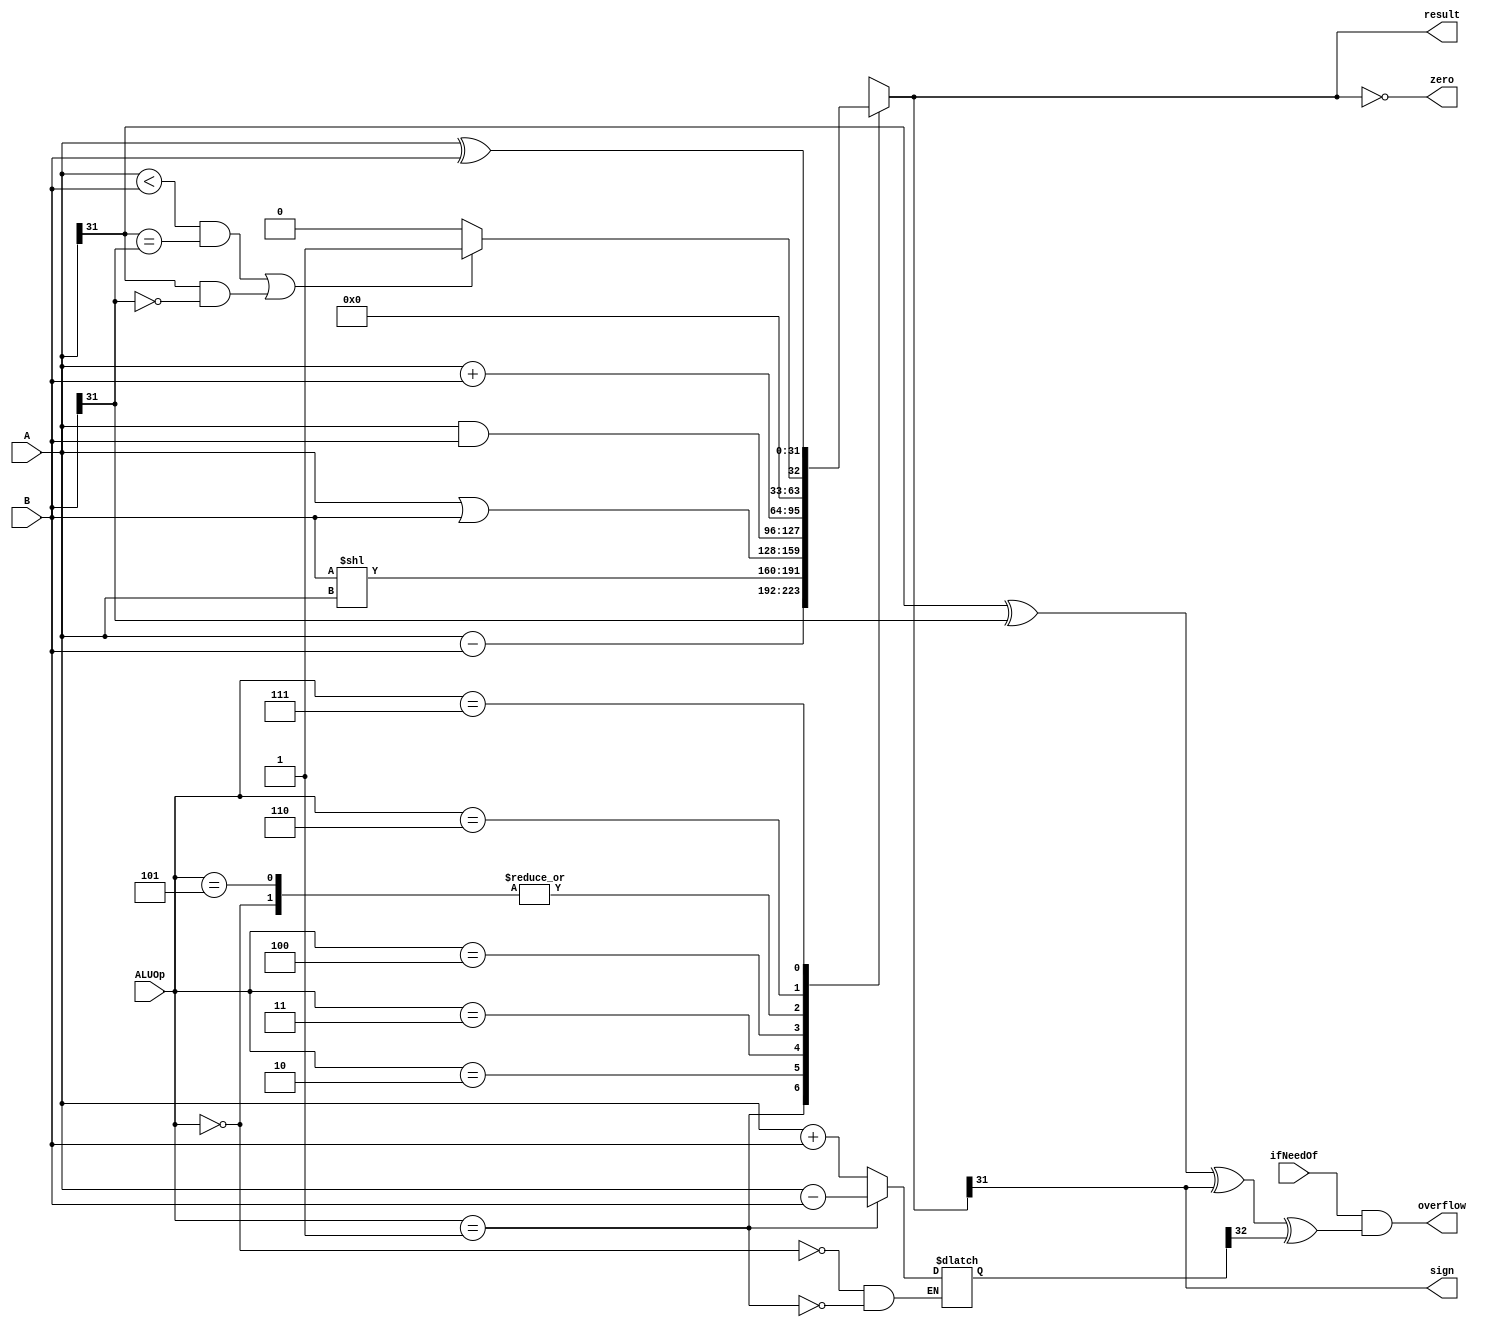
`timescale 1ns / 1ps
//result zero sign overflow
module ALU(
    input[31:0] A,
    input[31:0] B,
    input[2:0] ALUOp,
    input ifNeedOf,
    output sign,
    output zero,
    output overflow,
    output reg[31:0] result
);
    reg [32:0] temp;
    assign sign=result[31];
    assign zero=(result==0);
    assign overflow=(ifNeedOf&&A[31]^B[31]^result[31]^temp[32]); //
    always @(*) begin
        case(ALUOp)
            3'b000:begin
                result<=A+B;
                temp<=A+B;
            end
            3'b001:begin
                result<=A-B;
                temp<=A-B;
            end
            3'b010:result<=B<<A;  //BA
            3'b011:result<=A|B;
            3'b100:result<=A&B;
            3'b101:result<=A+B; //addu
            3'b110:result<=(((A<B)&&(A[31]==B[31]))||((A[31]==1&&B[31]==0)))?1:0; //
            3'b111:result<=A^B;  //
            default:begin
                result=0;
            end
        endcase
    end
endmodule